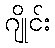
ဂျိုင်း